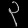
Digit: ၃